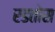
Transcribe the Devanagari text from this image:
रडतोस